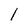
Character: 1